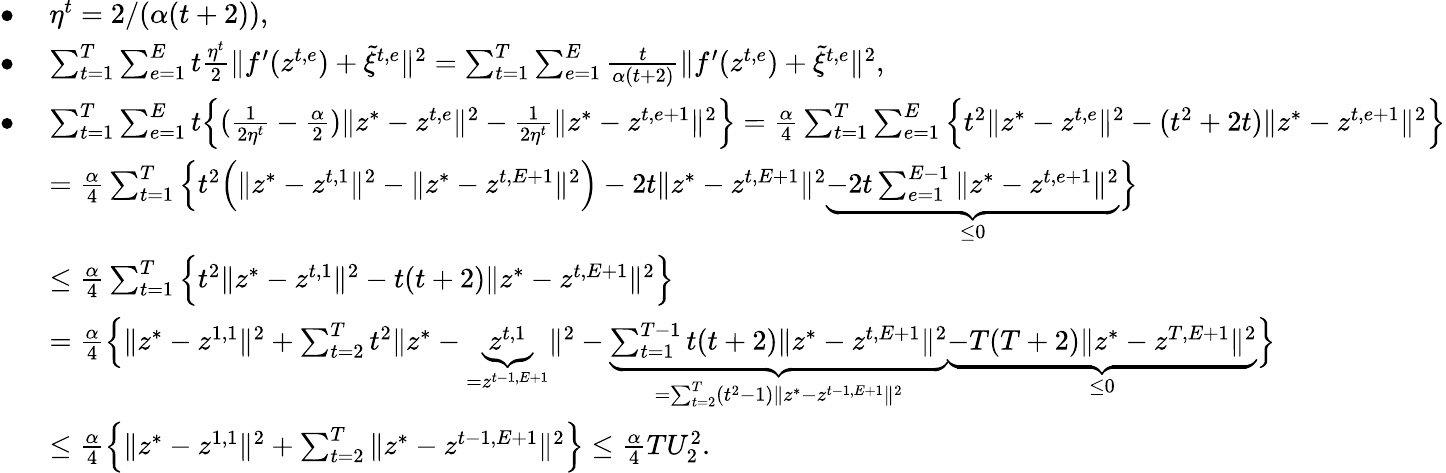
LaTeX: \begin{array}{rl}{\bullet\ }&{\eta^{t}=2/(\alpha(t+2)),}\\ {\bullet\ }&{\sum_{t=1}^{T}\sum_{e=1}^{E}t\frac{\eta^{t}}{2}\| f^{\prime}(z^{t,e})+\tilde{\xi}^{t,e}\| ^{2}=\sum_{t=1}^{T}\sum_{e=1}^{E}\frac{t}{\alpha(t+2)}\| f^{\prime}(z^{t,e})+\tilde{\xi}^{t,e}\| ^{2},}\\ {\bullet\ }&{\sum_{t=1}^{T}\sum_{e=1}^{E}t\Big\{ (\frac{1}{2\eta^{t}}-\frac{\alpha}{2})\| z^{*}-z^{t,e}\| ^{2}-\frac{1}{2\eta^{t}}\| z^{*}-z^{t,e+1}\| ^{2}\Big\} =\frac{\alpha}{4}\sum_{t=1}^{T}\sum_{e=1}^{E}\Big\{ t^{2}\| z^{*}-z^{t,e}\| ^{2}-(t^{2}+2t)\| z^{*}-z^{t,e+1}\| ^{2}\Big\} }\\ &{=\frac{\alpha}{4}\sum_{t=1}^{T}\Big\{ t^{2}\Big(\| z^{*}-z^{t,1}\| ^{2}-\| z^{*}-z^{t,E+1}\| ^{2}\Big)-2t\| z^{*}-z^{t,E+1}\| ^{2}\underbrace{-2t\sum_{e=1}^{E-1}\| z^{*}-z^{t,e+1}\| ^{2}}_{\leq 0}\Big\} }\\ &{\leq\frac{\alpha}{4}\sum_{t=1}^{T}\Big\{ t^{2}\| z^{*}-z^{t,1}\| ^{2}-t(t+2)\| z^{*}-z^{t,E+1}\| ^{2}\Big\} }\\ &{=\frac{\alpha}{4}\Big\{ \| z^{*}-z^{1,1}\| ^{2}+\sum_{t=2}^{T}t^{2}\| z^{*}-\underbrace{z^{t,1}}_{=z^{t-1,E+1}}\| ^{2}-\underbrace{\sum_{t=1}^{T-1}t(t+2)\| z^{*}-z^{t,E+1}\| ^{2}}_{=\sum_{t=2}^{T}(t^{2}-1)\| z^{*}-z^{t-1,E+1}\| ^{2}}\underbrace{-T(T+2)\| z^{*}-z^{T,E+1}\| ^{2}}_{\leq 0}\Big\} }\\ &{\leq\frac{\alpha}{4}\Big\{ \| z^{*}-z^{1,1}\| ^{2}+\sum_{t=2}^{T}\| z^{*}-z^{t-1,E+1}\| ^{2}\Big\} \leq\frac{\alpha}{4}TU_{2}^{2}.}\end{array}